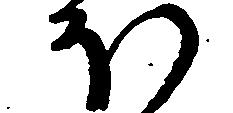
ほ